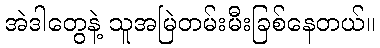
အဲဒါတွေနဲ့ သူအမြဲတမ်းမီးခြစ်နေတယ်။